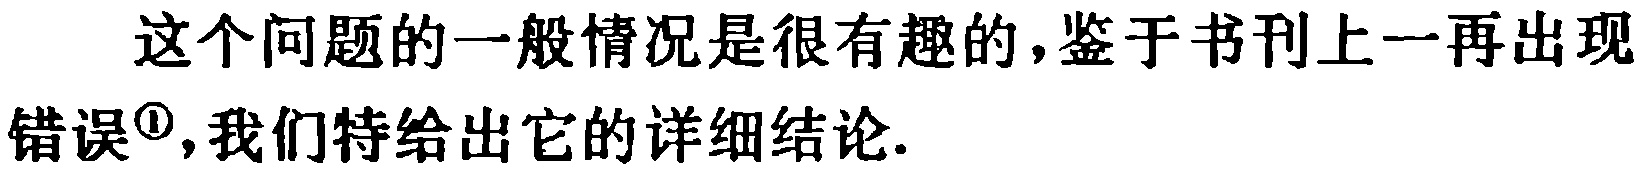
这个问题的一般情况是很有趣的,鉴于书刊上一再出现错误\textsuperscript{\textcircled{1}},我们特给出它的详细结论.